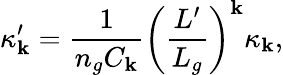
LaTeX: \kappa_{\mathbf{k}}^{\prime}=\frac{{1}}{{n_{g}C_{\mathbf{k}}}}\left(\frac{{L^{\prime}}}{{L_{g}}}\right)^{\mathbf{k}}\kappa_{\mathbf{k}},